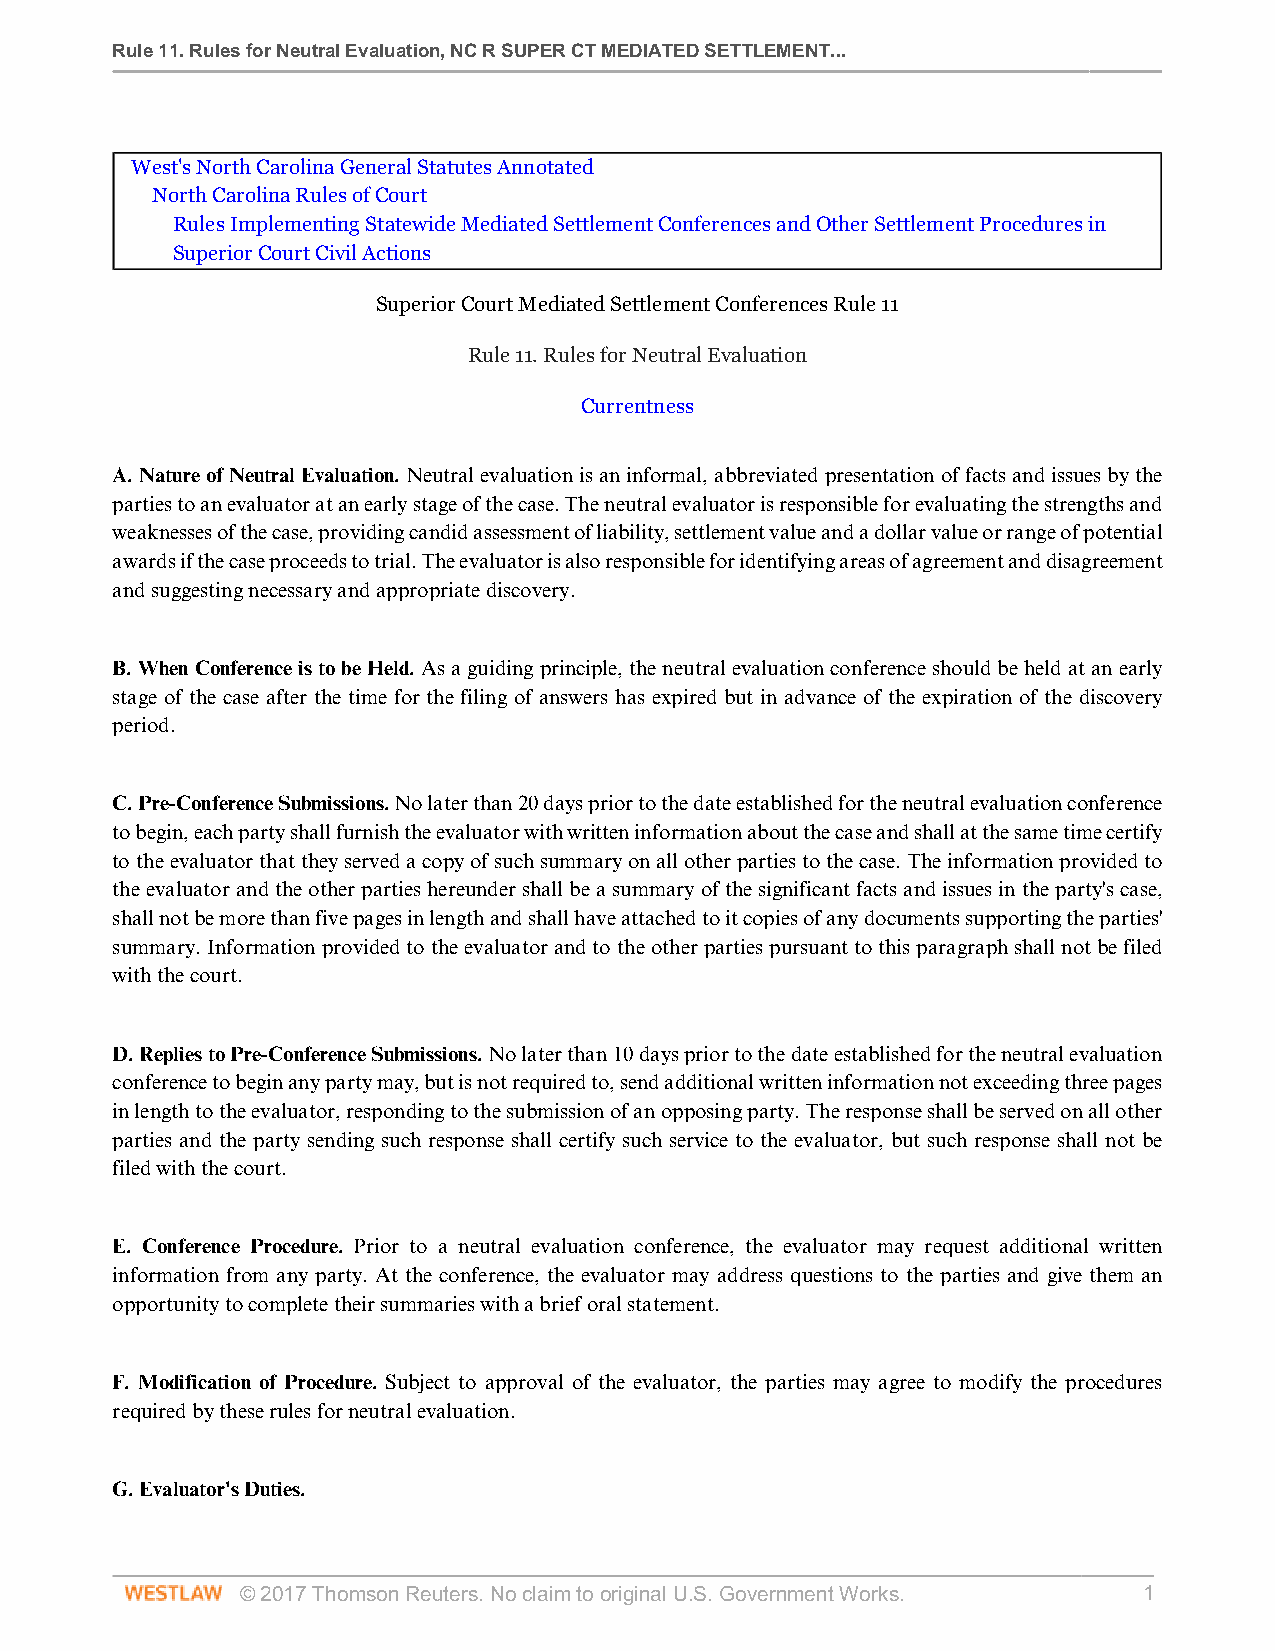
Rule 11. Rules for Neutral Evaluation, NC R SUPER CT MEDIATED SETTLEMENT...
 West's North Carolina General Statutes Annotated
 North Carolina Rules of Court
 Rules Implementing Statewide Mediated Settlement Conferences and Other Settlement Procedures in
 Superior Court Civil Actions
 Superior Court Mediated Settlement Conferences Rule 11
 Rule 11. Rules for Neutral Evaluation
 Currentness
 A. Nature of Neutral Evaluation. Neutral evaluation is an informal, abbreviated presentation of facts and issues by the
 parties to an evaluator at an early stage of the case. The neutral evaluator is responsible for evaluating the strengths and
 weaknesses of the case, providing candid assessment of liability, settlement value and a dollar value or range of potential
 awards if the case proceeds to trial. The evaluator is also responsible for identifying areas of agreement and disagreement
 and suggesting necessary and appropriate discovery.
 B. When Conference is to be Held. As a guiding principle, the neutral evaluation conference should be held at an early
 stage of the case after the time for the filing of answers has expired but in advance of the expiration of the discovery
 period.
 C. Pre-Conference Submissions. No later than 20 days prior to the date established for the neutral evaluation conference
 to begin, each party shall furnish the evaluator with written information about the case and shall at the same time certify
 to the evaluator that they served a copy of such summary on all other parties to the case. The information provided to
 the evaluator and the other parties hereunder shall be a summary of the significant facts and issues in the party's case,
 shall not be more than five pages in length and shall have attached to it copies of any documents supporting the parties'
 summary. Information provided to the evaluator and to the other parties pursuant to this paragraph shall not be filed
 with the court.
 D. Replies to Pre-Conference Submissions. No later than 10 days prior to the date established for the neutral evaluation
 conference to begin any party may, but is not required to, send additional written information not exceeding three pages
 in length to the evaluator, responding to the submission of an opposing party. The response shall be served on all other
 parties and the party sending such response shall certify such service to the evaluator, but such response shall not be
 filed with the court.
 E. Conference Procedure. Prior to a neutral evaluation conference, the evaluator may request additional written
 information from any party. At the conference, the evaluator may address questions to the parties and give them an
 opportunity to complete their summaries with a brief oral statement.
 F. Modification of Procedure. Subject to approval of the evaluator, the parties may agree to modify the procedures
 required by these rules for neutral evaluation.
 G. Evaluator's Duties.
 © 2017 Thomson Reuters. No claim to original U.S. Government Works. 1